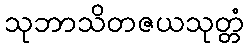
သုဘာသိတဇယသုတ္တံ